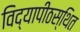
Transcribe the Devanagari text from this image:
विद्यापीठस्थित